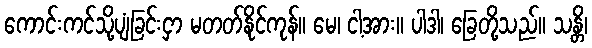
ကောင်းကင်သို့ပျံခြင်းငှာ မတတ်နိုင်ကုန်။ မေ၊ ငါ့အား။ ပါဒါ၊ ခြေတို့သည်။ သန္တိ၊